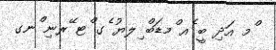
ްމ އަދި ބީ ެއ ްމޑަބް ިލޔު ެގ ްޓ ޭރނި ްނގ